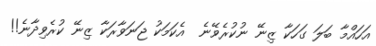
އަހައްމާ ބަލަ ގަހަކާ ޒިނޭ ނުކުރެވޭނެ  އެކަމަކު ޖަނަވާރަކާ ޒިނޭ ކުރެވިދާނެ!!